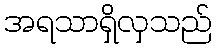
အရသာရှိလှသည်